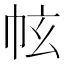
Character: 𢂄